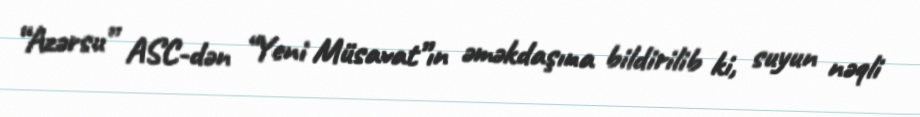
“Azərsu” ASC-dən “Yeni Müsavat”ın əməkdaşına bildirilib ki, suyun nəqli